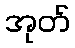
အုတ်